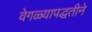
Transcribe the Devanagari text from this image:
वेगळ्यापद्धतीने